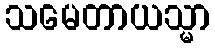
သမေတာယသ္မာ